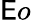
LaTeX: \mathsf{E}o